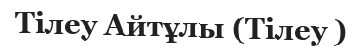
Тілеу Айтұлы (Тілеу )